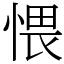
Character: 愄